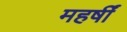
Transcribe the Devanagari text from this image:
महर्षीं